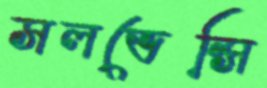
সলভেন্সি